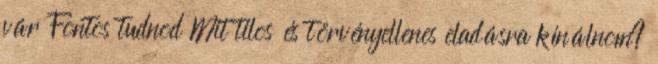
vár Fontos tudnod Mit tilos és törvényellenes eladásra kínálnom?